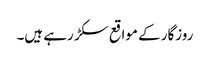
روزگار کے مواقع سکڑ رہے ہیں۔